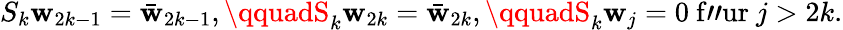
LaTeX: S_{k}\mathbf{w}_{2k-1}=\bar{{\mathbf{w}}}_{2k-1},\qquadS_{k}\mathbf{w}_{2k}=\bar{{\mathbf{w}}}_{2k},\qquadS_{k}\mathbf{w}_{j}=0\mathrm{{~f"ur~}}j>2k.